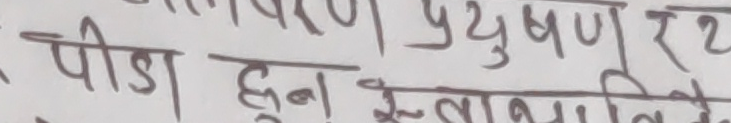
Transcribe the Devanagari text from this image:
पीडा हुन दुःखान्त लिने